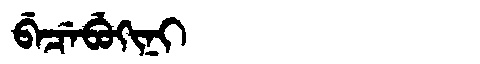
Manchu: ᠪᡝᠴᡝᠪᡠᡴᡳᠨᡳ
Romanization: BECEBUKINI